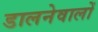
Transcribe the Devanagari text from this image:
डालनेवालों